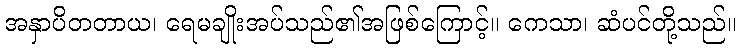
အနှာပိတတာယ၊ ရေမချိုးအပ်သည်၏အဖြစ်ကြောင့်။ ကေသာ၊ ဆံပင်တို့သည်။